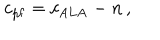
LaTeX: c _ { \mathrm { p f } } = c _ { \mathrm { A L A } } - n \, ,